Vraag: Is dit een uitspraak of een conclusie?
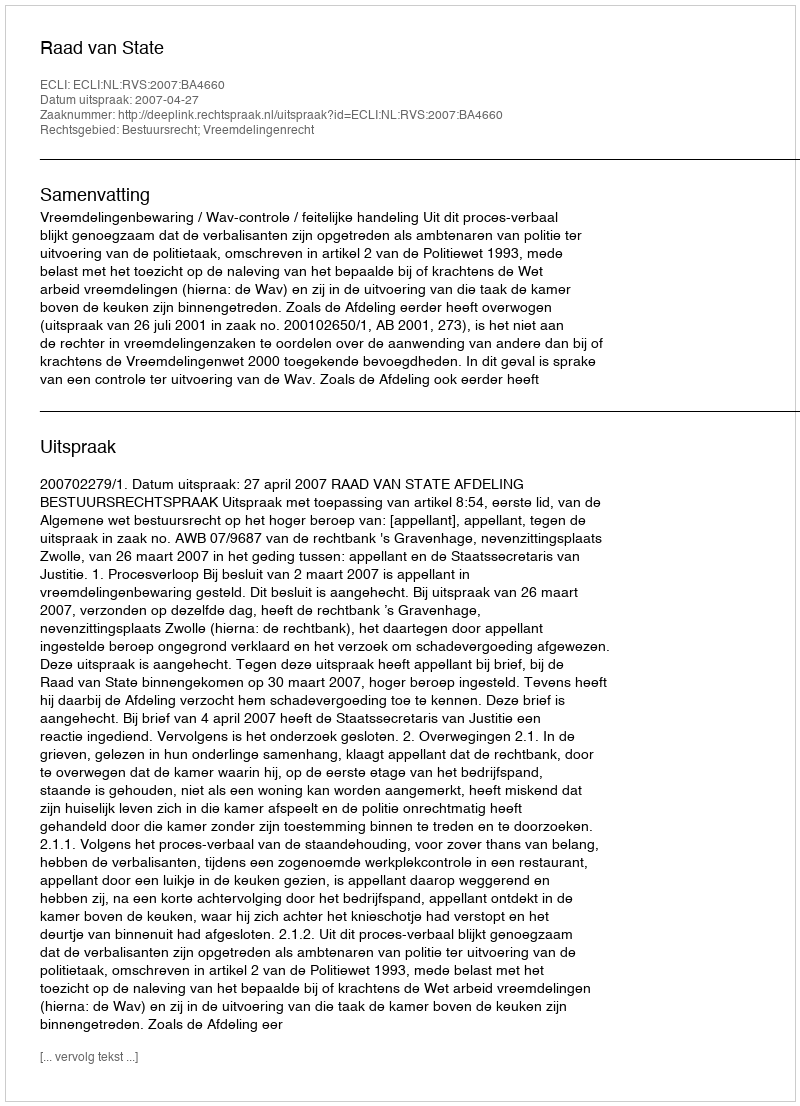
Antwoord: Uitspraak